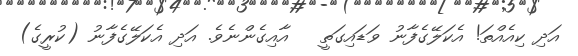
އަދި ކިއެއްތަ! އެކަލޭގެފާނު ވަޑައިގަތީ   އާއިގެންނެވެ. އަދި އެކަލޭގެފާނު (ކުރީގެ)